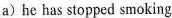
a) he has stopped smoking